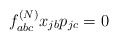
\begin{align*}f_{abc}^{(N)} x_{jb} p_{jc}=0\end{align*}